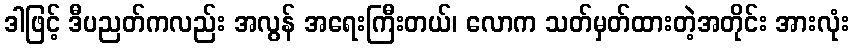
ဒါဖြင့် ဒီပညတ်ကလည်း အလွန် အရေးကြီးတယ်၊ လောက သတ်မှတ်ထားတဲ့အတိုင်း အားလုံး